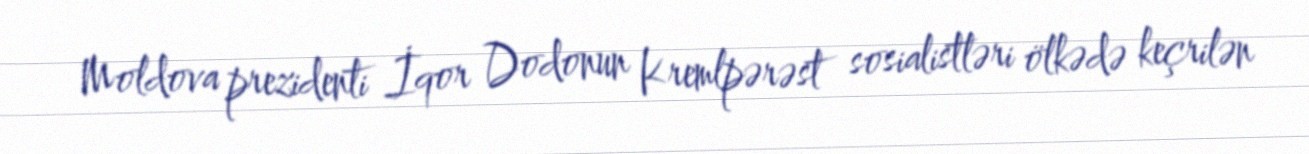
Moldova prezidenti İqor Dodonun Kremlpərəst sosialistləri ölkədə keçrilən